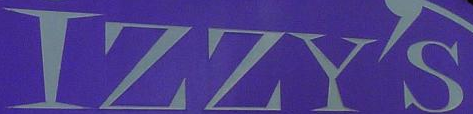
IZZY'S